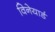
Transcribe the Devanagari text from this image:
विनेयार्ड